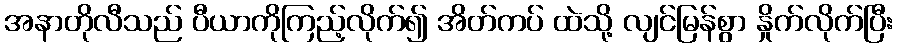
အနာတိုလီသည် ပီယာကိုကြည့်လိုက်၍ အိတ်ကပ် ထဲသို့ လျင်မြန်စွာ နှိုက်လိုက်ပြီး